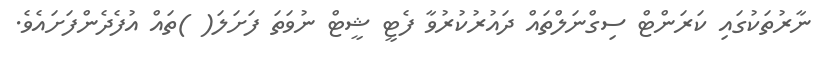
ނާރުތަކުގައި ކަރަންޓް ސިގްނަލްތައް ދައުރުކުރުވާ ފެޓީ ޝީޓް ނުވަތަ ފަށަލަ( )ތައް އުފެދެންފަށައެވެ.